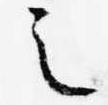
之